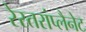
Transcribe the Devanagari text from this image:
रेस्तरांप्लैनेट